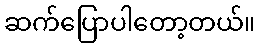
ဆက်ပြောပါတော့တယ်။